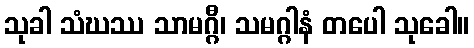
သုခါ သံဃဿ သာမဂ္ဂီ၊ သမဂ္ဂါနံ တပေါ သုခေါ။